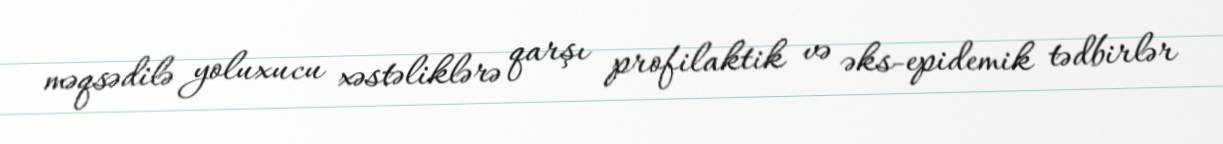
məqsədilə yoluxucu xəstəliklərə qarşı profilaktik və əks-epidemik tədbirlər